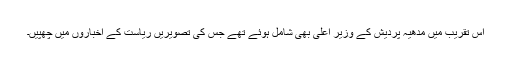
اس تقریب میں مدھیہ پردیش کے وزیر اعلیٰ بھی شامل ہوئے تھے جس کی تصویریں ریاست کے اخباروں میں چھپیں۔